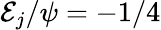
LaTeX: {\cal E}_{j}/\psi=-1/4